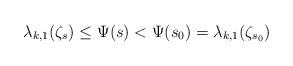
LaTeX: \begin{align*}\lambda_{k,1}(\zeta_s) \le \Psi(s) < \Psi(s_0) = \lambda_{k,1}(\zeta_{s_0})\end{align*}